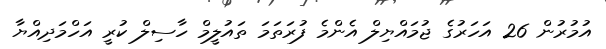
އުމުރުން 26 އަހަރުގެ ޖުމައްޔިލް އެންމެ ފުރަތަމަ ތައުލީމް ހާސިލް ކުރީ އަހްމަދިއްޔާ